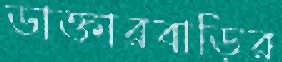
ডাক্তারবাড়ির